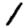
Digit: 1